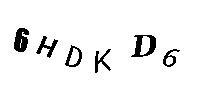
6HDKD6